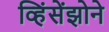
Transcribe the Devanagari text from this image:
व्हिंसेंझोने